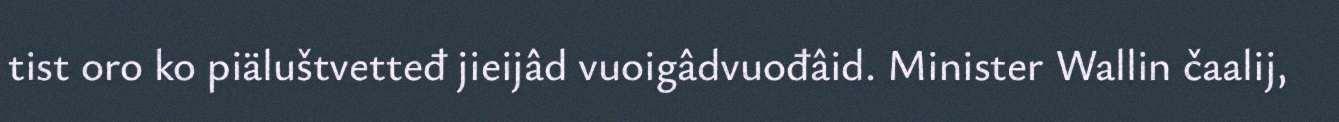
tist oro ko piäluštvetteđ jieijâd vuoigâdvuođâid. Minister Wallin čaalij,